Indian journal of veterinary science and animal husbandry - Volumes 22-23, 1952-1953
Year: 1952
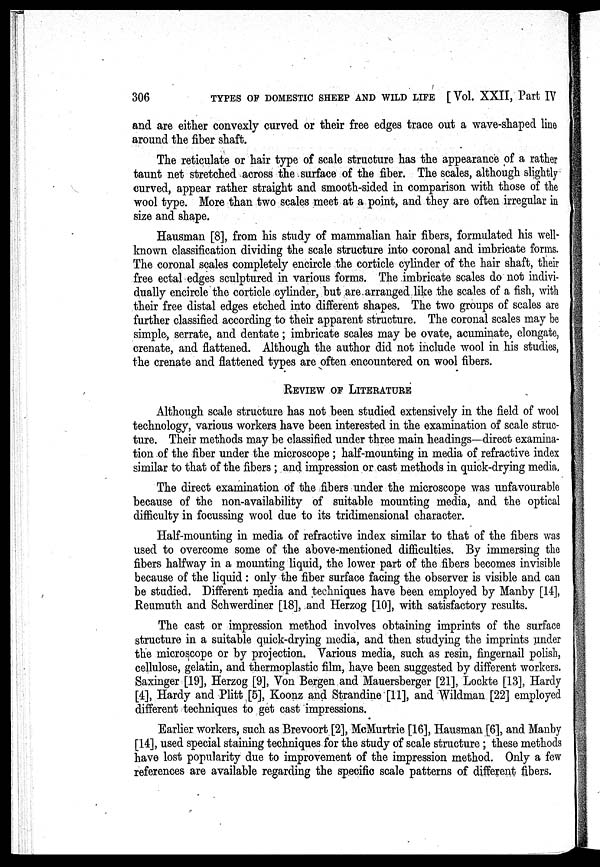
306
TYPES OF DOMESTIC SHEEP AND WILD LIFE [Vol. XXII, Part IV
and are either convexly curved or their free edges trace out a wave-shaped line
around the fiber shaft.
The reticulate or hair type of scale structure has the appearance of a rather
taunt net stretched across the surface of the fiber. The scales, although slightly
curved, appear rather straight and smooth-sided in comparison with those of the
wool type. More than two scales meet at a point, and they are often irregular in
size and shape.
Hausman [8], from his study of mammalian hair fibers, formulated his well-
known classification dividing the scale structure into coronal and imbricate forms.
The coronal scales completely encircle the corticle cylinder of the hair shaft, their
free ectal edges sculptured in various forms. The imbricate scales do not indivi-
dually encircle the corticle cylinder, but are arranged like the scales of a fish, with
their free distal edges etched into different shapes. The two groups of scales are
further classified according to their apparent structure. The coronal scales may be
simple, serrate, and dentate ; imbricate scales may be ovate, acuminate, elongate,
crenate, and flattened. Although the author did not include wool in his studies,
the crenate and flattened types are often encountered on wool fibers.
REVIEW OF LITERATURE
Although scale structure has not been studied extensively in the field of wool
technology, various workers have been interested in the examination of scale struc-
ture. Their methods may be classified under three main headings—direct examina-
tion of the fiber under the microscope ; half-mounting in media of refractive index
similar to that of the fibers ; and impression or cast methods in quick-drying media.
The direct examination of the fibers under the microscope was unfavourable
because of the non-availability of suitable mounting media, and the optical
difficulty in focussing wool due to its tridimensional character.
Half-mounting in media of refractive index similar to that of the fibers was
used to overcome some of the above-mentioned difficulties. By immersing the
fibers halfway in a mounting liquid, the lower part of the fibers becomes invisible
because of the liquid : only the fiber surface facing the observer is visible and can
be studied. Different media and techniques have been employed by Manby [14],
Reumuth and Schwerdiner [18], and Herzog [10], with satisfactory results.
The cast or impression method involves obtaining imprints of the surface
structure in a suitable quick-drying media, and then studying the imprints under
the microscope or by projection. Various media, such as resin, fingernail polish,
cellulose, gelatin, and thermoplastic film, have been suggested by different workers.
Saxinger [19], Herzog [9], Von Bergen and Mauersberger [21], Lockte [13], Hardy
[4], Hardy and Plitt [5], Koonz and Strandine [11], and Wildman [22] employed
different techniques to get cast impressions.
Earlier workers, such as Brevoort [2], McMurtrie [16], Hausman [6], and Manby
[14], used special staining techniques for the study of scale structure ; these methods
have lost popularity due to improvement of the impression method. Only a few
references are available regarding the specific scale patterns of different fibers.